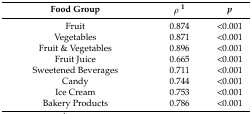
<table><thead><tr><td><b>Food Group</b></td><td><b><i>ρ</i><sup>1</sup></b></td><td><b><i>p</i></b></td></tr></thead><tbody><tr><td>Fruit</td><td>0.874</td><td>&lt;0.001</td></tr><tr><td>Vegetables</td><td>0.871</td><td>&lt;0.001</td></tr><tr><td>Fruit &amp; Vegetables</td><td>0.896</td><td>&lt;0.001</td></tr><tr><td>Fruit Juice</td><td>0.665</td><td>&lt;0.001</td></tr><tr><td>Sweetened Beverages</td><td>0.711</td><td>&lt;0.001</td></tr><tr><td>Candy</td><td>0.744</td><td>&lt;0.001</td></tr><tr><td>Ice Cream</td><td>0.753</td><td>&lt;0.001</td></tr><tr><td>Bakery Products</td><td>0.786</td><td>&lt;0.001</td></tr></tbody></table>